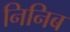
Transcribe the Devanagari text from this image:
निनिब